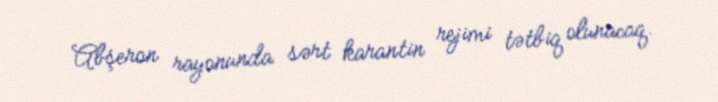
Abşeron rayonunda sərt karantin rejimi tətbiq olunacaq.